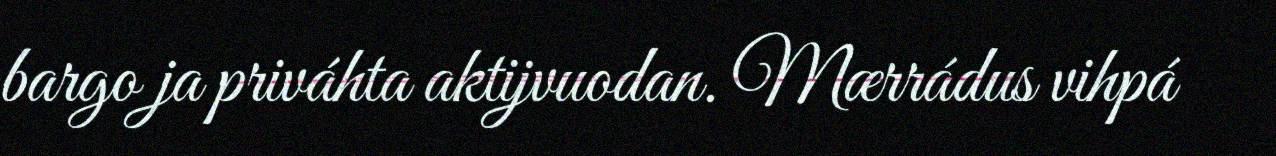
bargo ja priváhta aktijvuodan. Mærrádus vihpá